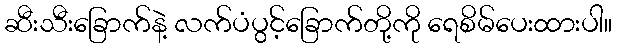
ဆီးသီးခြောက်နဲ့ လက်ပံပွင့်ခြောက်တို့ကို ရေစိမ်ပေးထားပါ။